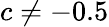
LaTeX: c\neq-0.5